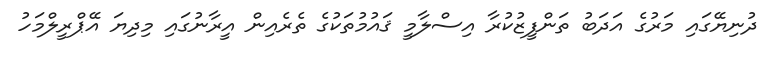
ދުނިޔޭގައި މަރުގެ އަދަބު ތަންފީޒުކުރާ އިސްލާމީ ޤައުމުތަކުގެ ތެރެއިން އީރާނުގައި މިދިޔަ އޭޕްރީލްމަހު